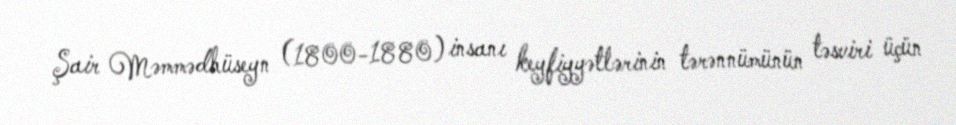
Şair Məmmədhüseyn (1800-1880) insanı keyfiyyətlərinin tərənnümünün təsviri üçün